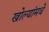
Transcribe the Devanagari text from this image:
खोल्यांमधे